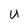
Character: U